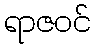
ရာဇဝင်